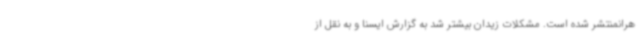
هرانمنتشر شده است. مشکلات زیدان بیشتر شد به گزارش ایسنا و به نقل از